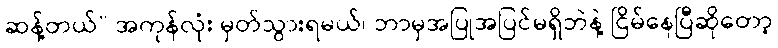
ဆန့်တယ်” အကုန်လုံး မှတ်သွားရမယ်၊ ဘာမှအပြုအပြင်မရှိဘဲနဲ့ ငြိမ်နေပြီဆိုတော့